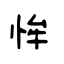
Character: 恈